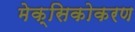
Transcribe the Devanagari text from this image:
मेक्सिकोकरण